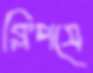
ক্লিপসে